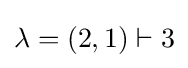
\lambda =(2,1)\vdash 3